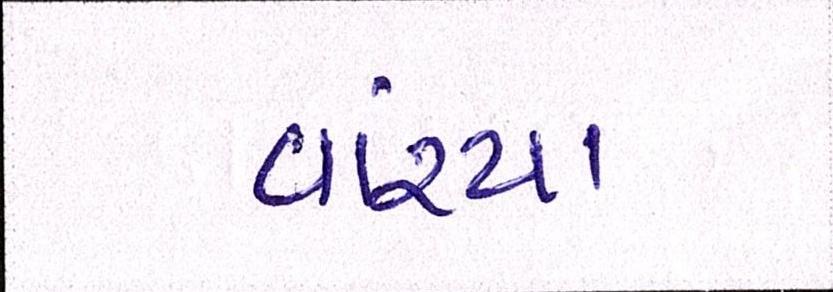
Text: વાંચ્યા